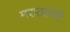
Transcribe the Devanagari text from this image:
मराठय़ांशी